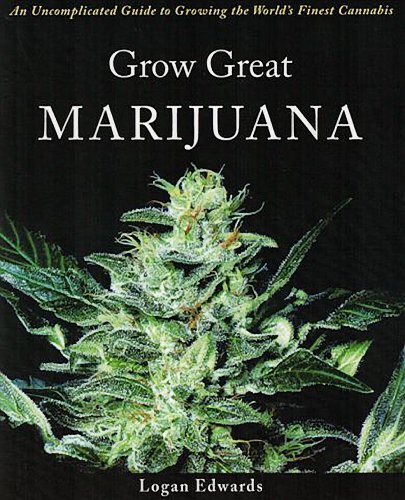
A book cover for Grow Great Marijuana: An Uncomplicated Guide to Growing the World's Finest Cannabis; Logan Edwards; Crafts, Hobbies & Home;